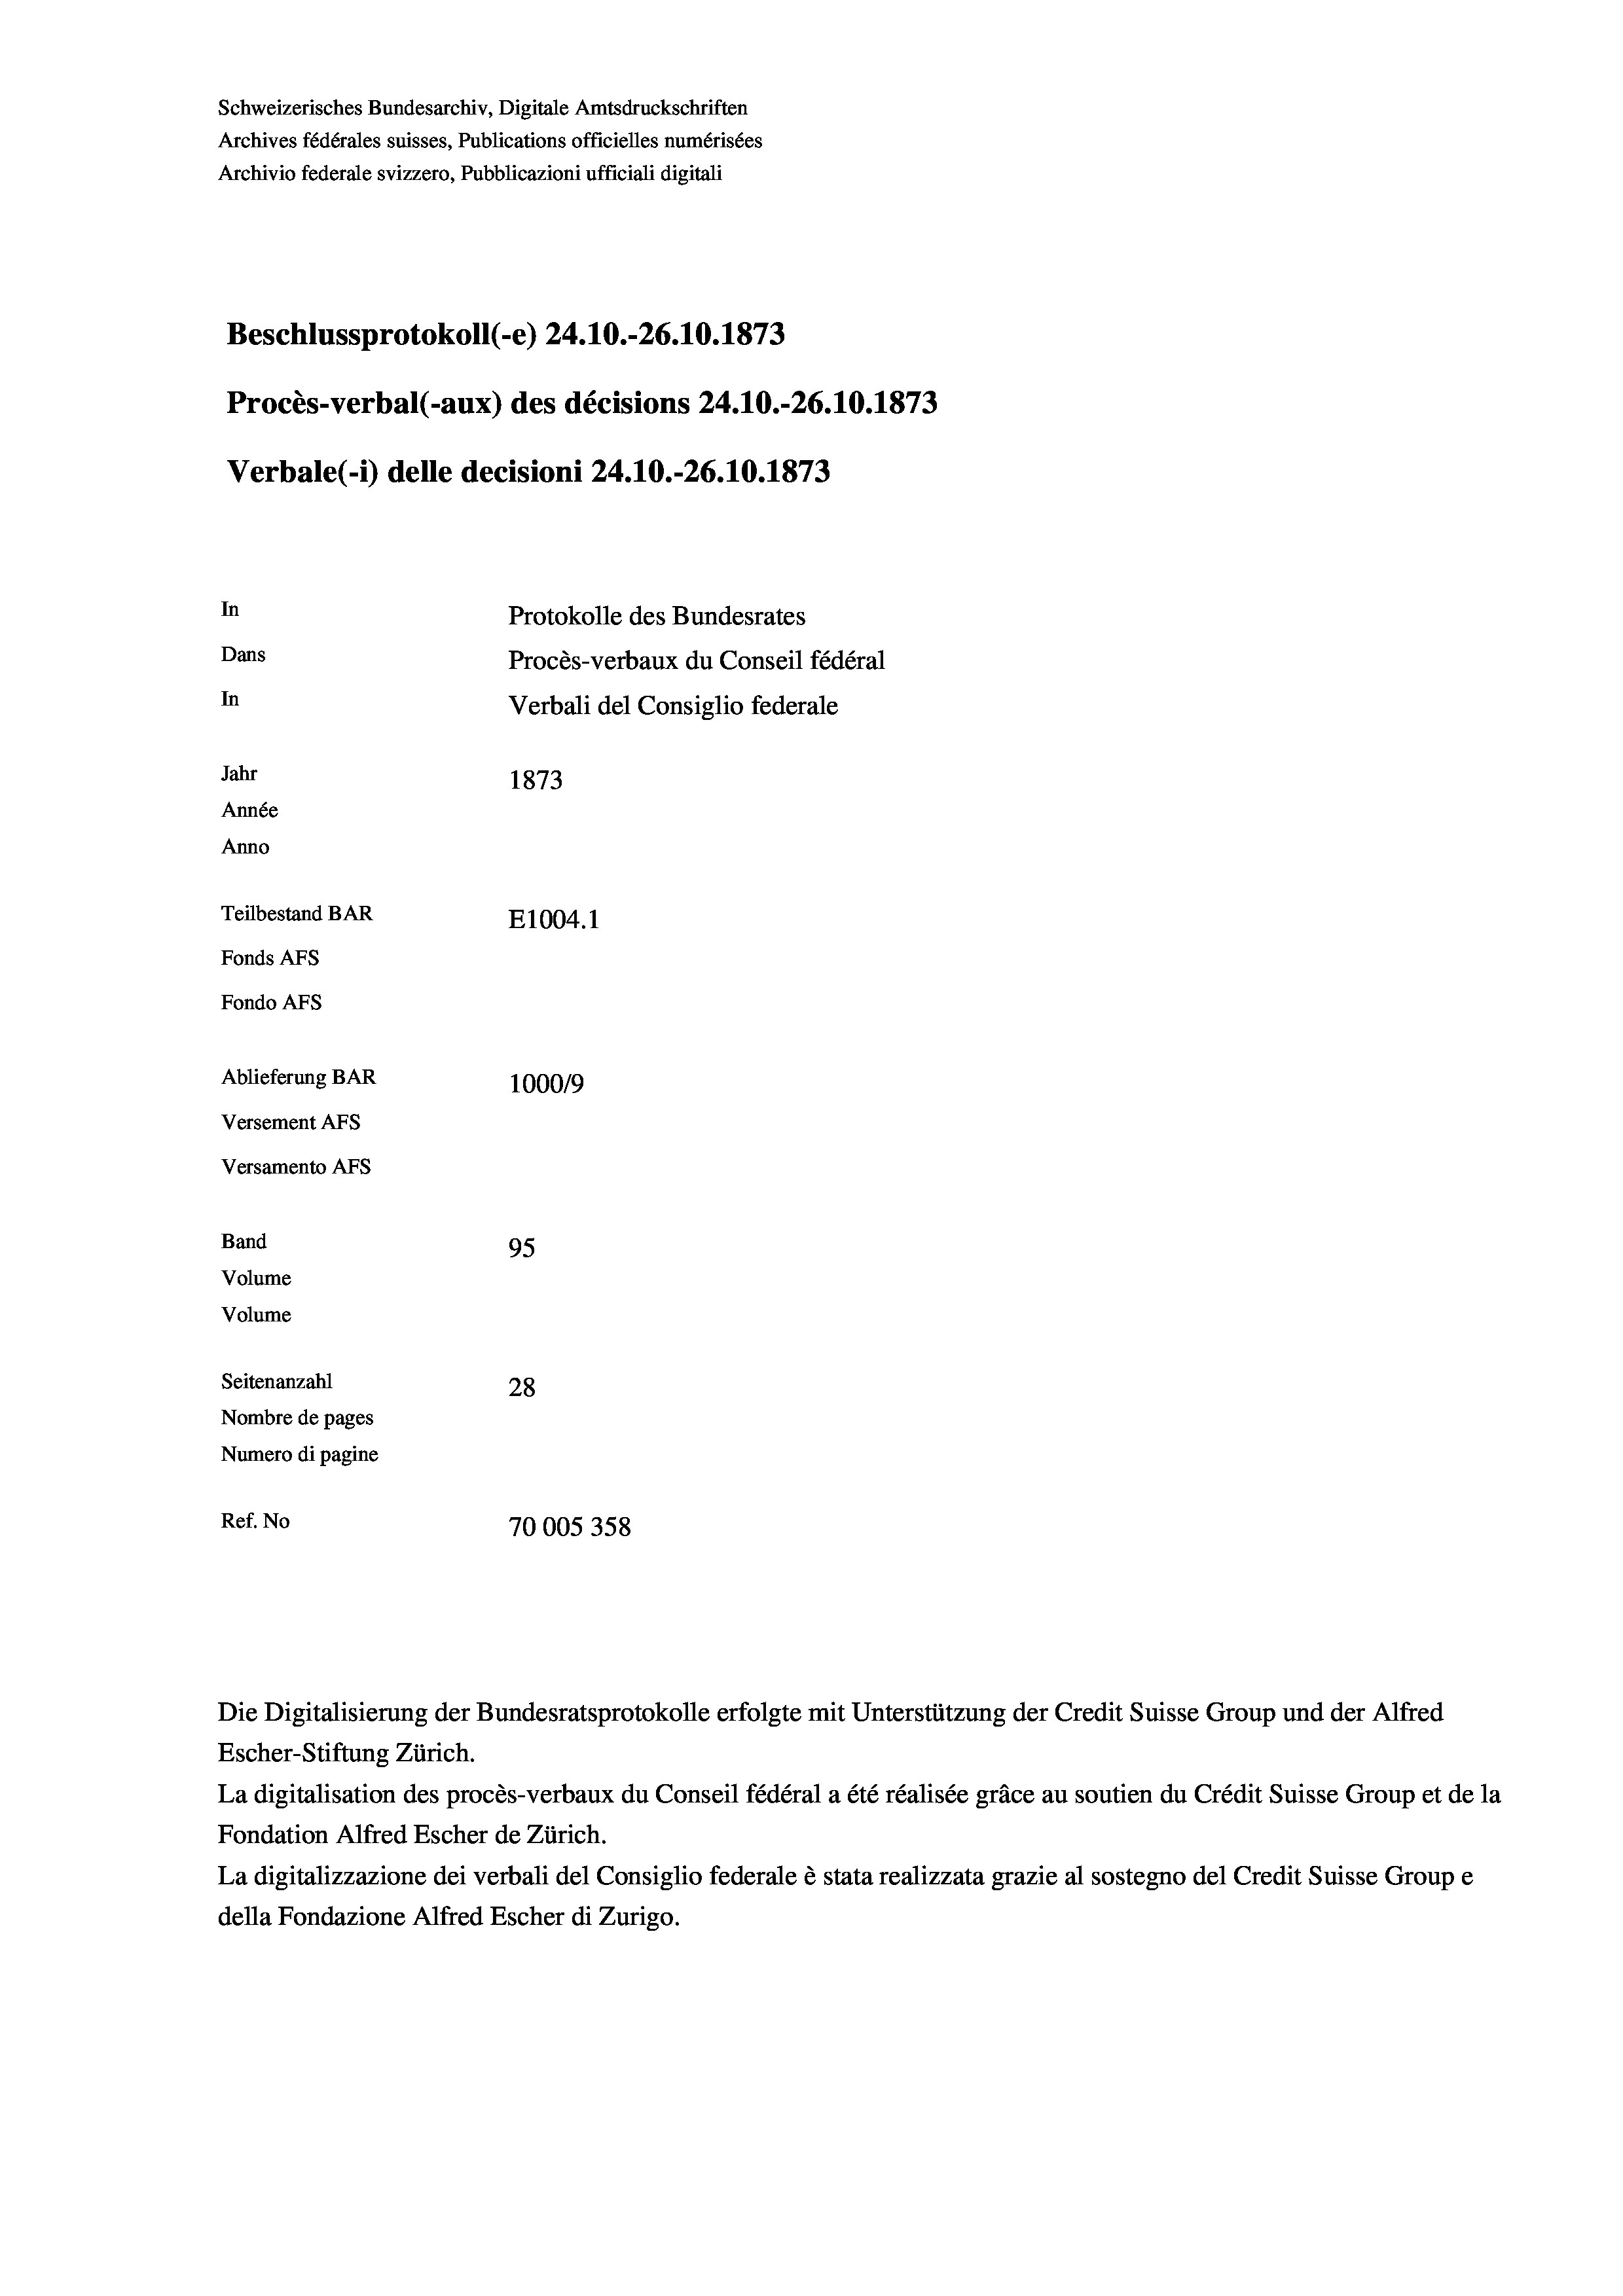
Schweizerisches Bundesarchiv, Digitale Amtsdruckschriften
Archives fédérales suisses, Publications officielles numérisées
Archivio federale svizzero, Pubblicazioni ufficiali digitali
Beschlussprotokoll (-e) 24.10.-26.10.1873
Procès-verbal (-aux) des décisions 24.10.-26.10.1873
Verbale(-*) delle decisioni 24.10.-26.10.1873
In
Protokolle des Bundesrates
Dans
Procès-verbaux du Conseil fédéral
In
Verbali del Consiglio federale
Jahr
1873
Année
Anno
Teilbestand BAR
E1004. 1
Fonds AFs
Fondo AFs
Ablieferung BAR
100019
Versement AFs
Versamento AFs
Band
95
Volume
Volume
Seitenanzahl
28
Nombre de pages
Numero di pagine

Ref. No
70005358

Escher-Stiftung Zürich.
La digitalisation des procès-verbaux du Conseil fédéral a été réalisée gräce au soutien du Crédit Suisse Group et de la
Fondation Alfred Escher de Zürich.
La digitalizzazione dei verbali del Consiglio federale è stata realizzata grazie al sostegno del Credit Suisse Groupe
della Fondazione Alfred Escher di Zurigo.

Die Digitalisierung der Bundesratsprotokolle erfolgte mit Unterstützung der Credit Suisse Group und der Alfred